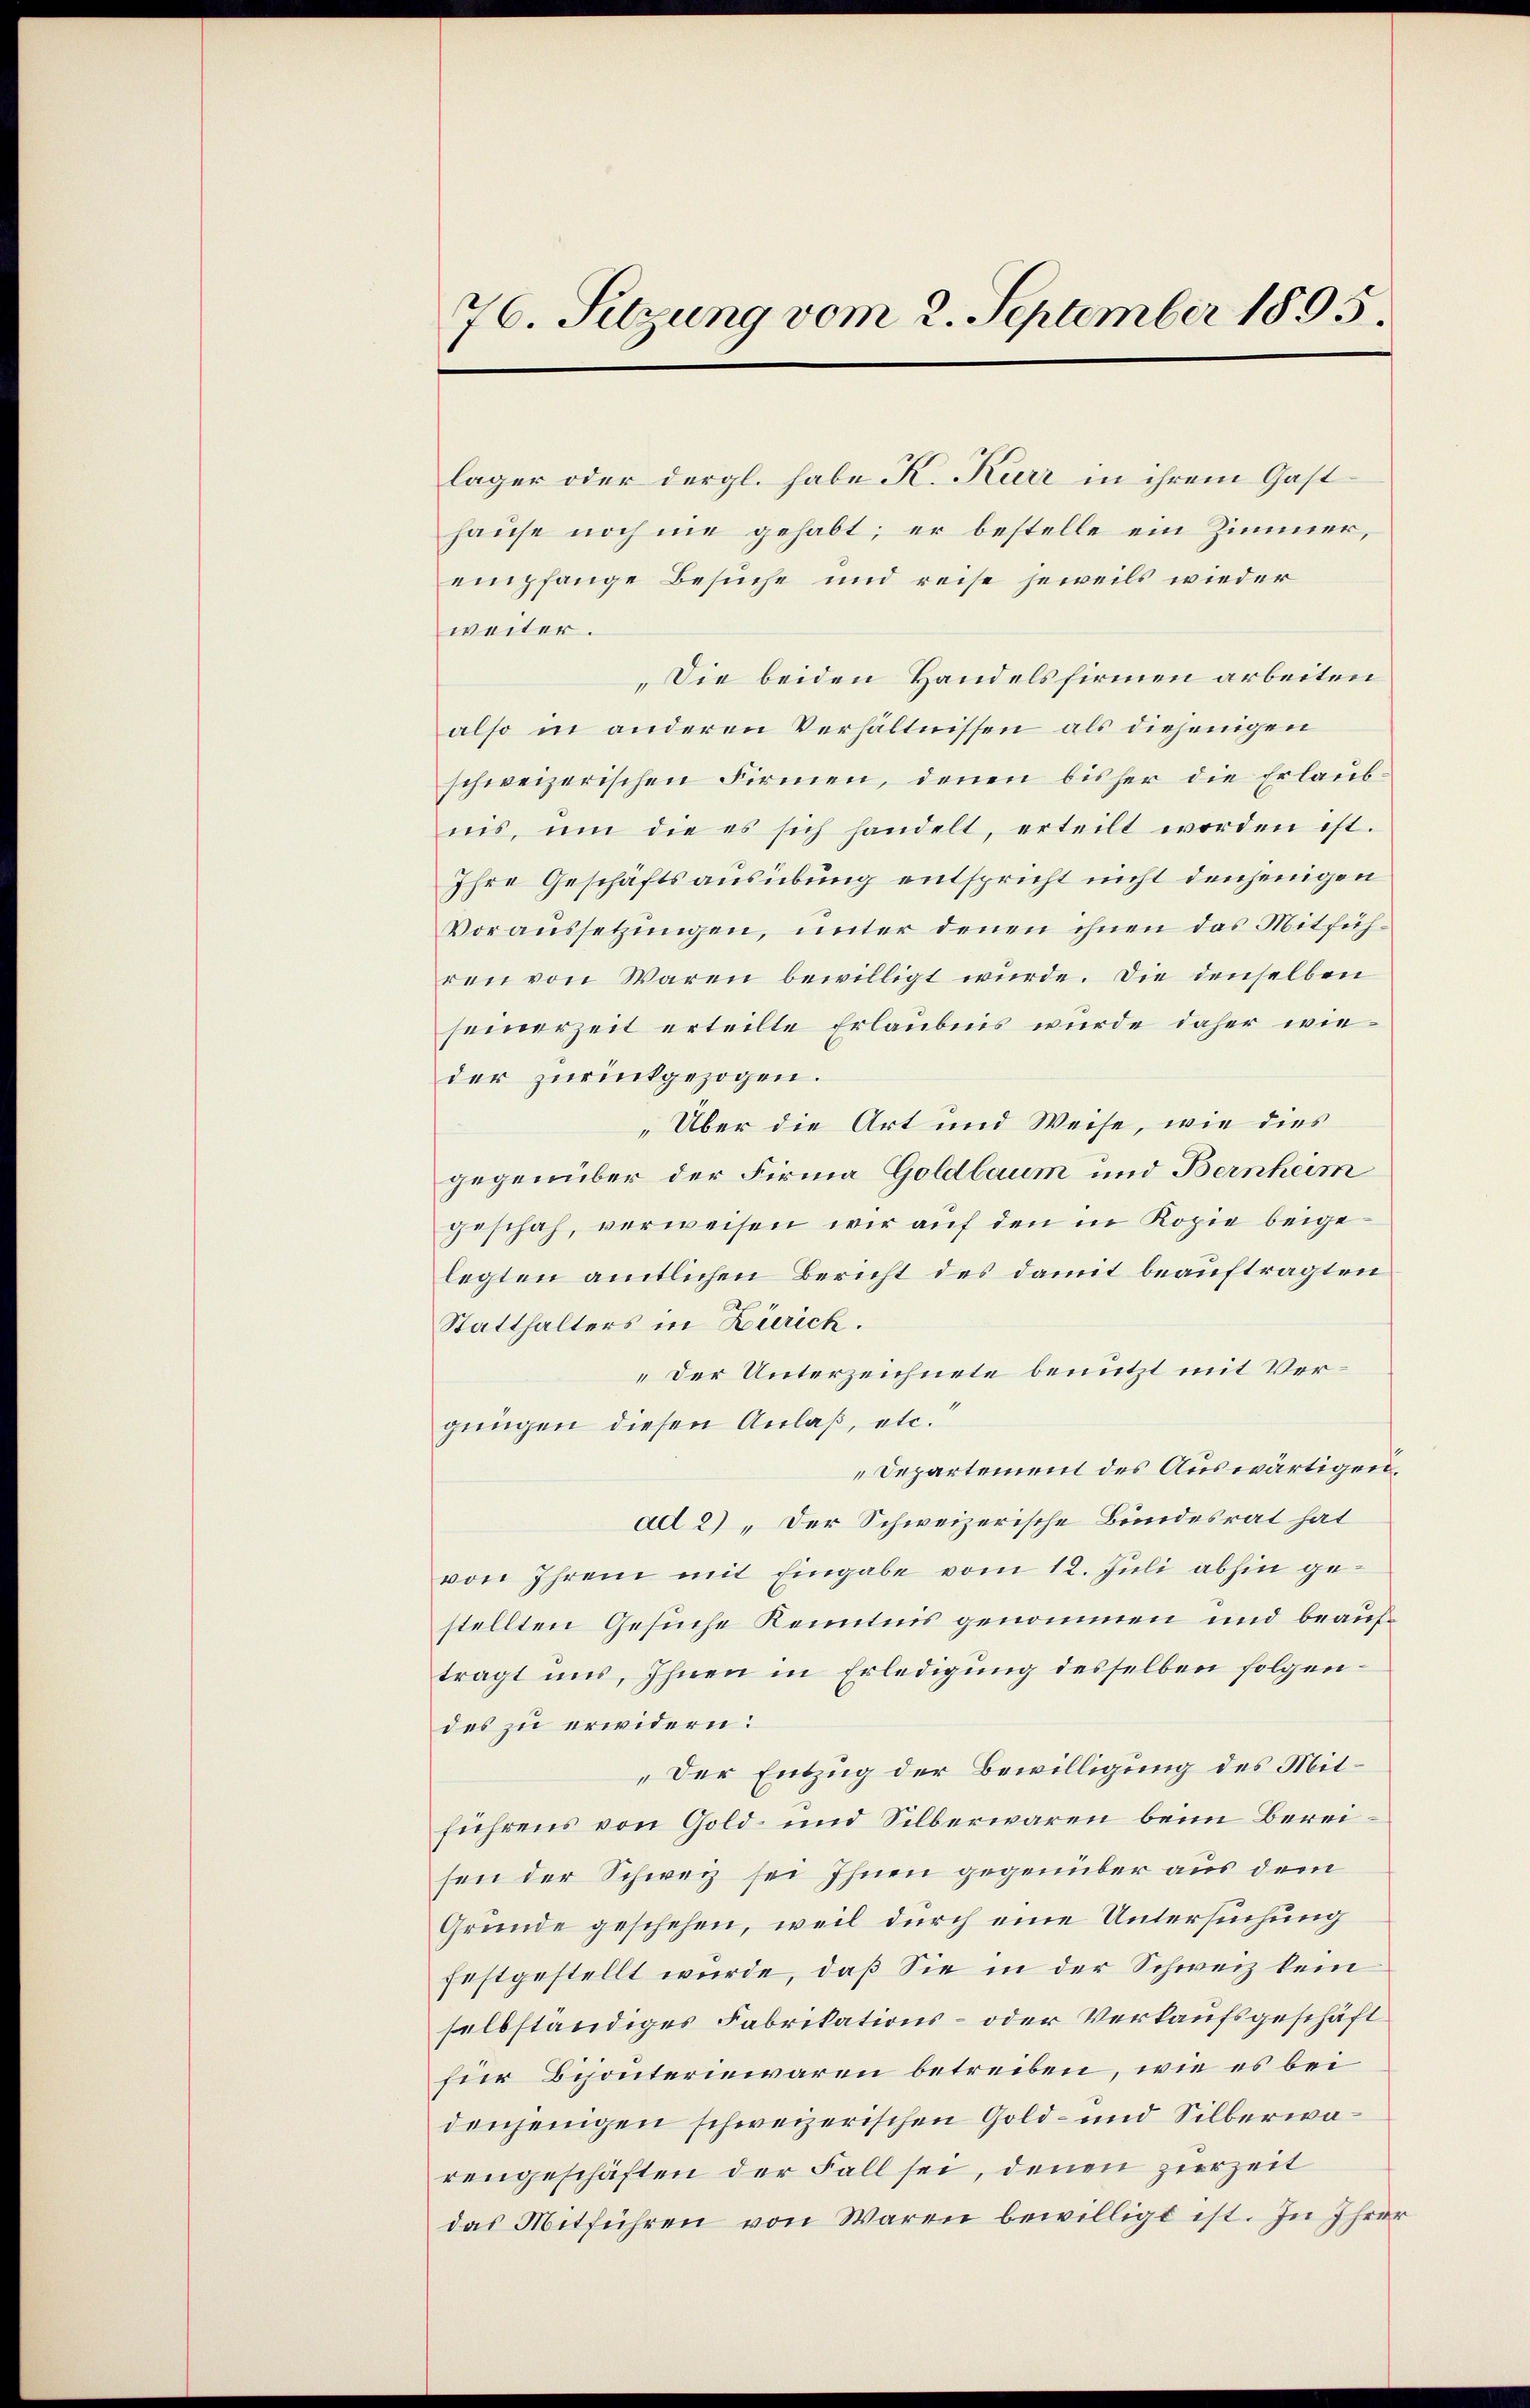
76. Sitzung vom 2. September 1895.

läger oder dergl. habe K. Kurr in ihrem Gast
hause noch nie gehabt; er bestelle ein Zimmer,
empfange Besuche und reise jeweils wieder
weiter.
„Die beiden Handelsfirmen arbeiten
also in anderen Verhältnissen als diejenigen
schweizerischen Firmen, denen bisher die Erlaŭb-
nis, um die es sich handelt, erteilt worden ist.
Ihre Geschäftsausübung entspricht nicht denjenigen
Voraussetzungen, unter denen ihnen das Mitführen von Waren bewilligt wurde. Die denselben
seinerzeit erteilte Erlaubnis wurde daher wie
der zurückgezogen.
„Über die Art und Weise, wie dies
gegenüber der Firma Goldlaum und Bernheim
geschah, verweisen wir auf den in Kopie beigelegten amtlichen Bericht des damit beauftragten
Statthalters in Zürich.
„Der Unterzeichnete benutzt mit Vergungen diesen Anlaß, etc.
Departement des Auswärtigen,
ad 2) „Der Schweizerische Bundesrat hat
von Ihren mit Eingabe vom 12. Juli abhin gestellten Gesuche Kenntnis genommen und beauftragt uns, Ihnen in Erledigung desselben folgendes zu erwidern:
„Der Entzug der Bewilligung des Mitführens von Gold- und Silberwaren beim Bereisen der Schweiz sei Ihnen gegenüber aus dem
Gründe geschehen, weil durch eine Untersuchung
festgestellt wurde, daß Sie in der Schweiz kein
selbständiges Fabrikations- oder Verkaufsgeschäft
für Bijonteriewaren betreiben, wie es bei
denjenigen schweizerischen Gold- und Silberwarengeschäften der Fall sei, denen zierzeit
das Mitführen von Waren bewilligt ist. In Ihrer